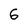
Character: 6